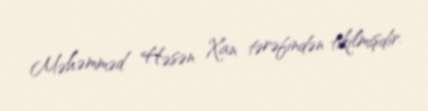
Məhəmməd Həsən Xan tərəfindən tikilmişdir.